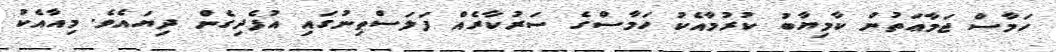
ހަމާސް ޖަމާޢަތުން ކާމިޔާބު ކުރުމާއެކު ހަމާސްގެ ސަރުކާރެއް ފަލަސްތިނުގައި އުފެދިގެން ދިޔައެވެ. މިއާއެކު